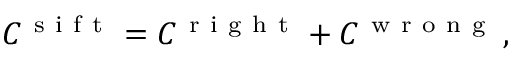
C ^ { \mathrm { ~ s ~ i ~ f ~ t ~ } } = C ^ { \mathrm { ~ r ~ i ~ g ~ h ~ t ~ } } + C ^ { \mathrm { ~ w ~ r ~ o ~ n ~ g ~ } } \, ,